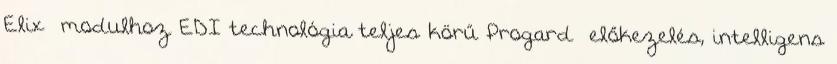
Elix® modulhoz EDI technológia teljes körű Progard® előkezelés, intelligens